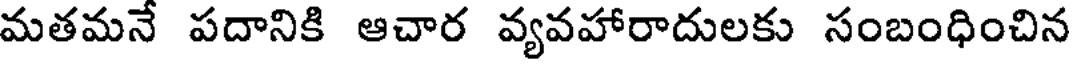
మతమనే పదానికి ఆచార వ్యవహారాదులకు సంబంధించిన